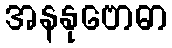
အနနုဗောဓာ